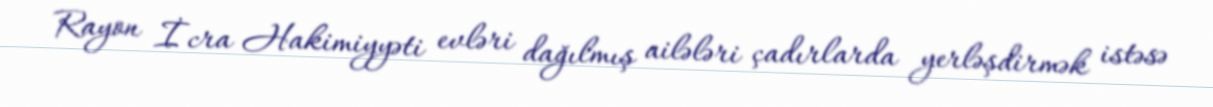
Rayon İcra Hakimiyyəti evləri dağılmış ailələri çadırlarda yerləşdirmək istəsə